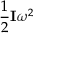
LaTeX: { \frac { 1 } { 2 } } \mathbf { I } \omega ^ { 2 }